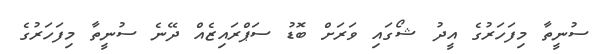
ސުނީތާ މިފަހަރުގެ އީދު ޝޯގައި ވަރަށް ބޮޑު ސަޕްރައިޒެއް ދޭނެ ސުނީތާ މިފަހަރުގެ